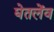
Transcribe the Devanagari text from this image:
घेतलेंव